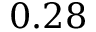
0 . 2 8